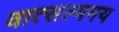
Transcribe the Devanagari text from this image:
वात्सल्यमय